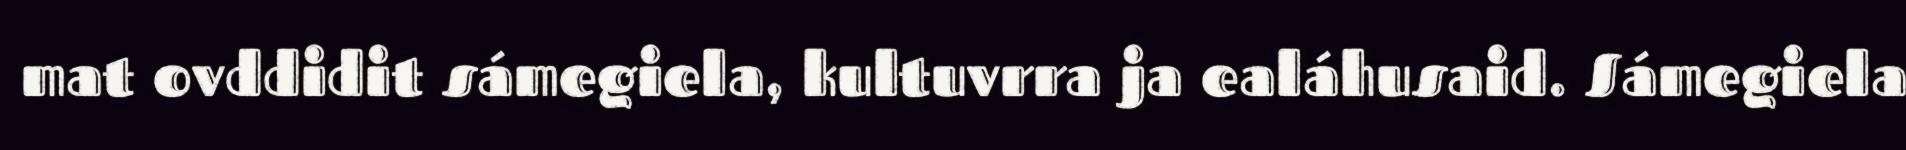
mat ovddidit sámegiela, kultuvrra ja ealáhusaid. Sámegiela